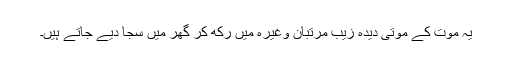
یہ موت کے موتی دیدہ زیب مرتبان وغیرہ میں رکھ کر گھر میں سجا دیے جاتے ہیں۔